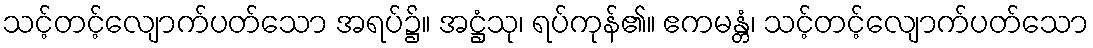
သင့်တင့်လျောက်ပတ်သော အရပ်၌။ အဋ္ဌံသု၊ ရပ်ကုန်၏။ ဧကမန္တံ၊ သင့်တင့်လျောက်ပတ်သော